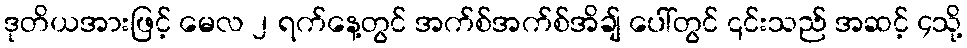
ဒုတိယအားဖြင့် မေလ ၂ ရက်နေ့တွင် အက်စ်အက်စ်အိချ် ပေါ်တွင် ၎င်းသည် အဆင့် ၄သို့